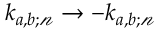
k _ { a , b ; \mathscr { n } } \rightarrow - k _ { a , b ; \mathscr { n } }